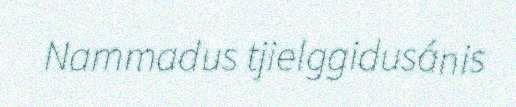
Nammadus tjielggidusánis